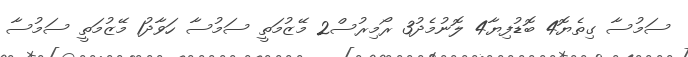
ސަމުސާ ގިތެޔޮ4 ބޮޑުފިޔާ4 ލޮނުމެދު3 ރޯމިރުސް2 މޭޒުމަތީ ސަމުސާ ހަވާދު1 މޭޒުމަތީ ސަމުސާ